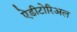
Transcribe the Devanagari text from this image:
ऐडीटोरिअल